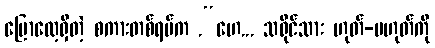
ပြောလေ့ရှိတဲ့ စကားတစ်ရပ်က .“ဟေ... သရိုင်သား ဟုတ်-မဟုတ်ကို